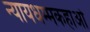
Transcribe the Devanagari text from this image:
न्यायधम्मकहाओ